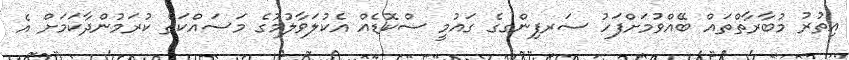
އިތުރު މުބާރާތްތައް ބޭއްވުމަށްފަހު ސަރފިންގގެ ގައުމީ ސްކޮޑެއް އެކުލަވާލުމުގެ މަސައްކަތް ކުރަމުންދާކަމަށް އެ